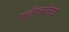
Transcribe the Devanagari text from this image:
एन्टँगलमेंटमुळे